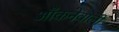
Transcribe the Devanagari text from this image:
आँकनेवाली